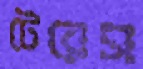
টেরেস